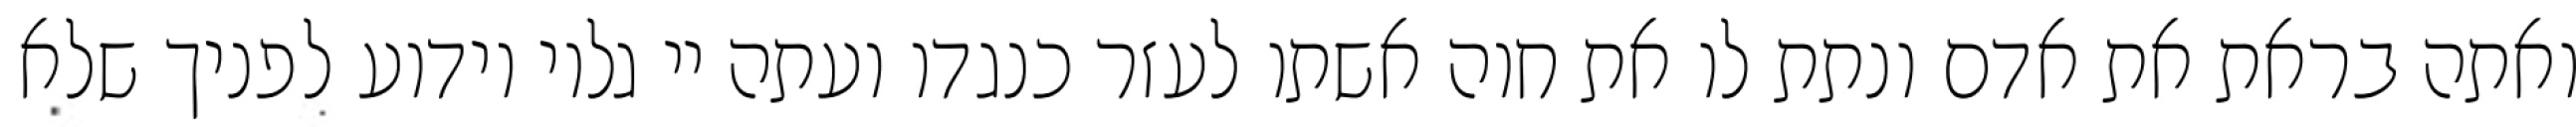
ואתה בראת את אדם ונתת לו את חוה אשתו לעזר כנגדו ועתה יי גלוי וידוע לפניך שלא